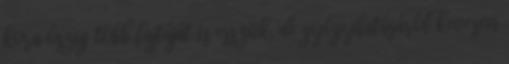
kora őszig több fajtáját is esszük, de gyógyhatásáról kevesen